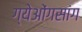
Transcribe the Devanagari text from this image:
ग्येओंगसांग